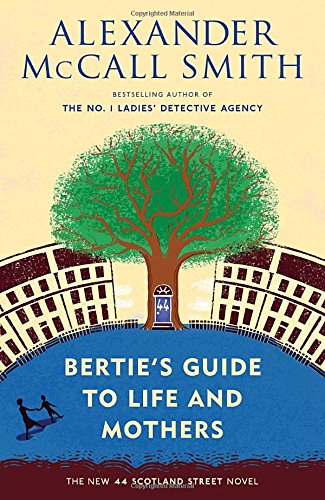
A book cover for Bertie's Guide to Life and Mothers (44 Scotland Street Series); Alexander McCall Smith; Literature & Fiction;